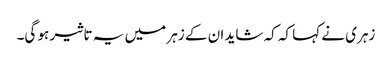
زہری نے کہا کہ کہ شاید ان کے زہر میں یہ تاثیر ہو گی۔